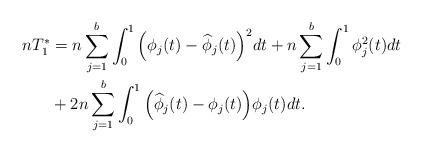
LaTeX: \begin{align*}n T_1^*&=n \sum_{j=1}^b \int_0^1 \Big(\phi_j(t)-\widehat{\phi}_j(t) \Big)^2dt+n \sum_{j=1}^b \int_0^1 \phi_j^2(t)dt \\&+2n \sum_{j=1}^b \int_0^1 \Big( \widehat{\phi}_j(t)-\phi_j(t) \Big) \phi_j(t) dt.\end{align*}